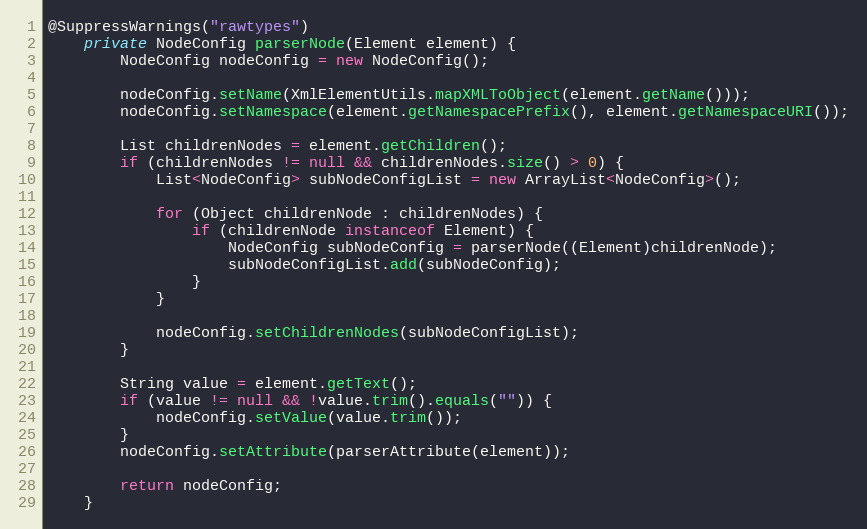
Language: Java
@SuppressWarnings("rawtypes")
	private NodeConfig parserNode(Element element) {
		NodeConfig nodeConfig = new NodeConfig();

		nodeConfig.setName(XmlElementUtils.mapXMLToObject(element.getName()));
		nodeConfig.setNamespace(element.getNamespacePrefix(), element.getNamespaceURI());

		List childrenNodes = element.getChildren();
		if (childrenNodes != null && childrenNodes.size() > 0) {
			List<NodeConfig> subNodeConfigList = new ArrayList<NodeConfig>();

			for (Object childrenNode : childrenNodes) {
				if (childrenNode instanceof Element) {
					NodeConfig subNodeConfig = parserNode((Element)childrenNode);
					subNodeConfigList.add(subNodeConfig);
				}
			}

			nodeConfig.setChildrenNodes(subNodeConfigList);
		}

		String value = element.getText();
		if (value != null && !value.trim().equals("")) {
			nodeConfig.setValue(value.trim());
		}
		nodeConfig.setAttribute(parserAttribute(element));

		return nodeConfig;
	}